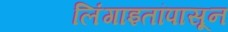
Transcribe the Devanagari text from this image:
लिंंगाइतांपासून